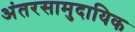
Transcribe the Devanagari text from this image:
अंतरसामुदायिक